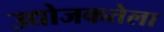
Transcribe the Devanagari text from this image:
उद्योजकतेला